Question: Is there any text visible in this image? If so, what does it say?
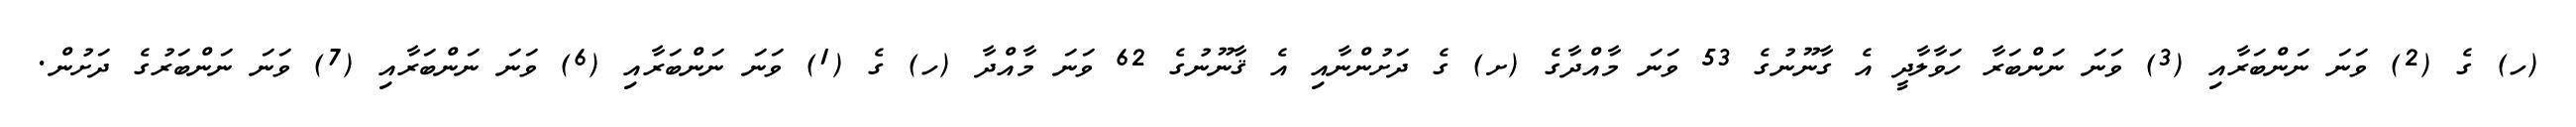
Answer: (ހ) ގެ (2) ވަނަ ނަންބަރާއި (3) ވަނަ ނަންބަރާ ހަވާލާދީ އެ ގާނޫނުގެ 53 ވަނަ މާއްދާގެ (ށ) ގެ ދަށުންނާއި އެ ޤާނޫނުގެ 62 ވަނަ މާއްދާ (ހ) ގެ (1) ވަނަ ނަންބަރާއި (6) ވަނަ ނަންބަރާއި (7) ވަނަ ނަންބަރުގެ ދަށުން.